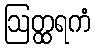
ဩတ္ထရကံ